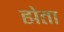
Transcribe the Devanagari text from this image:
ह्मेता